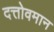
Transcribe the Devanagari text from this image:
दत्तोवमान